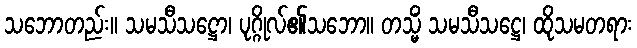
သဘောတည်း။ သမသီသဋ္ဌော၊ ပုဂ္ဂိုလ်၏သဘော။ တသ္မိံ သမသီသဋ္ဌေ၊ ထိုသမတရား